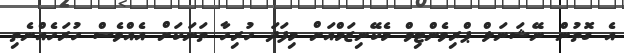
އެ ގޮތުން ނޭޝަނަލް ޕްރިވެންޓިވް މެކޭނިޒަމްއަށް މިފަދަ ހުރިހާ ތަނަކަށް އެއްވެސް ހުރަހެއްނެތި